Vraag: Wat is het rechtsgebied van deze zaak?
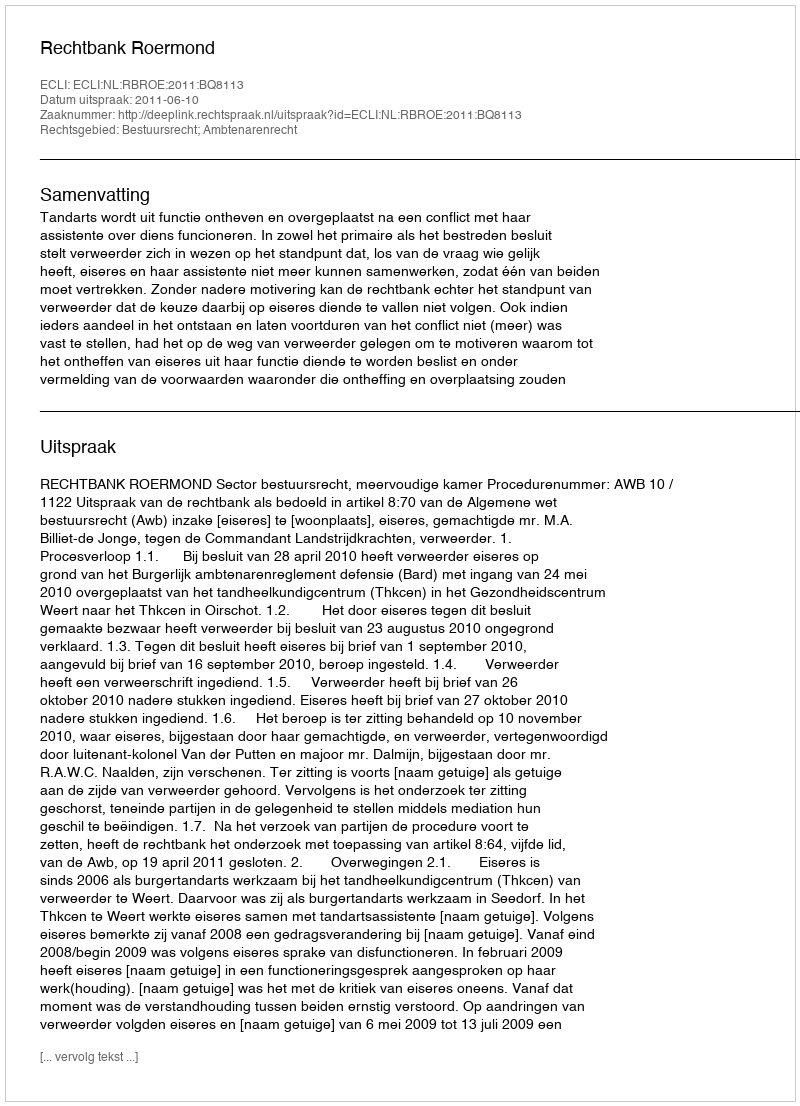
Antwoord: Bestuursrecht; Ambtenarenrecht